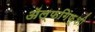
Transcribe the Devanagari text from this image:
ॲल्फगिफूशी